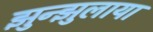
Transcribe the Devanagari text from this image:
झुन्झुलाया